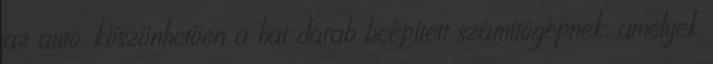
az autó, köszönhetően a hat darab beépített számítógépnek, amelyek